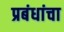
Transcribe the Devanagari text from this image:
प्रबंधांचा